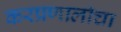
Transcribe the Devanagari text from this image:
करप्रणालीचा